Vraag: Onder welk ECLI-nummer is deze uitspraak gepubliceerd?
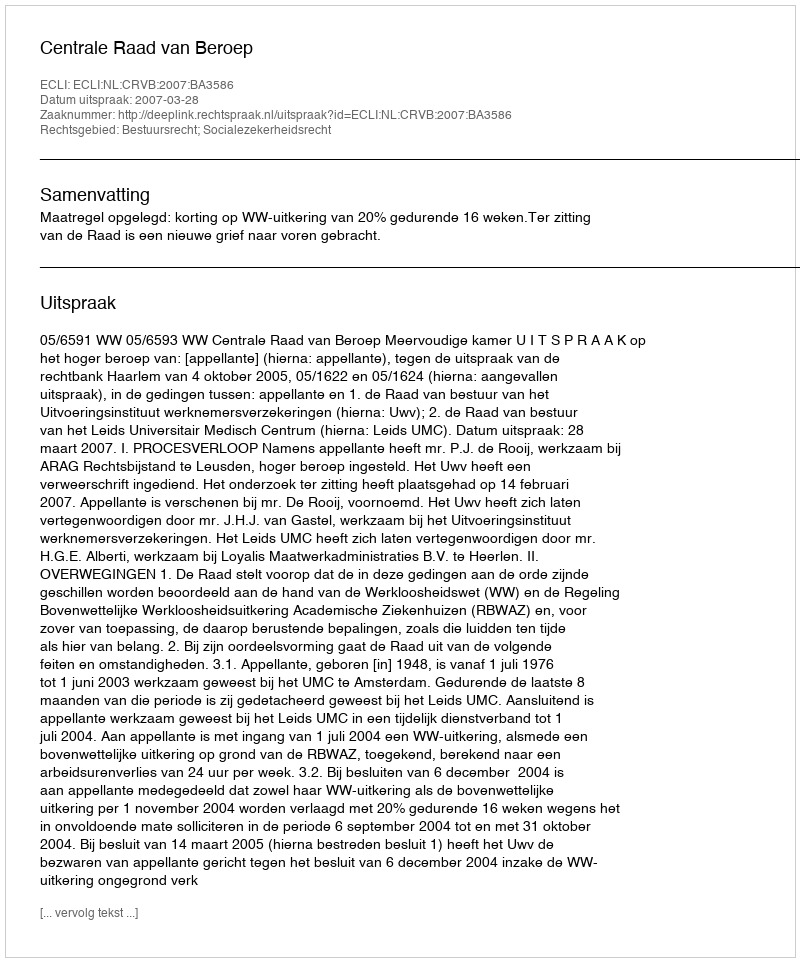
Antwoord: ECLI:NL:CRVB:2007:BA3586